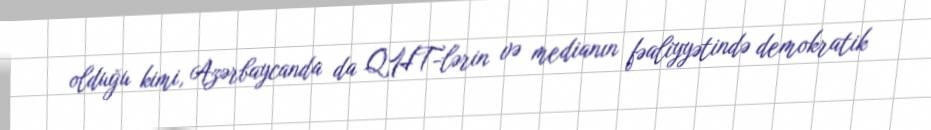
olduğu kimi, Azərbaycanda da QHT-lərin və medianın fəaliyyətində demokratik